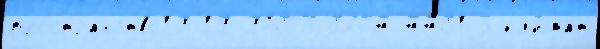
пространство19 19 978-0-8264-4481-3 кл'и́мат